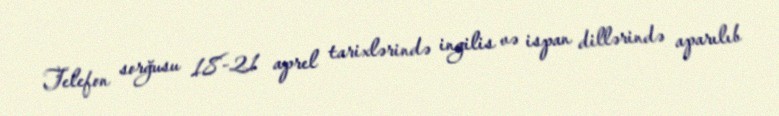
Telefon sorğusu 18-21 aprel tarixlərində ingilis və ispan dillərində aparılıb